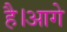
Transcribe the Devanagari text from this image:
है।आगे